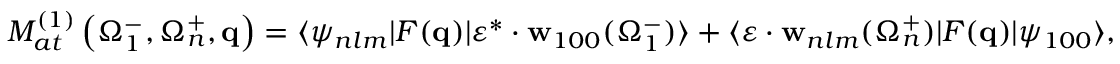
{ \cal M } _ { a t } ^ { ( 1 ) } \left( \Omega _ { 1 } ^ { - } , \Omega _ { n } ^ { + } , \mathbf { q } \right) = \langle \psi _ { n l m } | F ( \mathbf { q } ) | \boldsymbol { \varepsilon } ^ { * } \cdot { \mathbf { w } } _ { 1 0 0 } ( \Omega _ { 1 } ^ { - } ) \rangle + \langle \boldsymbol { \varepsilon } \cdot { \mathbf { w } } _ { n l m } ( \Omega _ { n } ^ { + } ) | F ( \mathbf { q } ) | \psi _ { 1 0 0 } \rangle ,